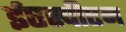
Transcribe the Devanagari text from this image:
ईएस्पीएन